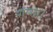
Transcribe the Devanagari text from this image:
गगन।